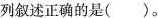
列叙述正确的是()。